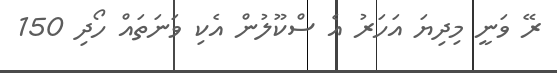
ރޭ ވަނީ މިދިޔަ އަހަރު އެ ސްކޫލުން އެކި ވަނަތައް ހޯދި 150